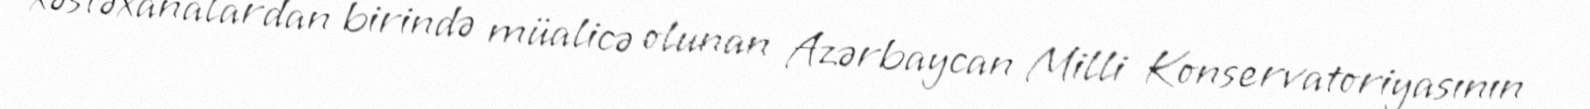
xəstəxanalardan birində müalicə olunan Azərbaycan Milli Konservatoriyasının